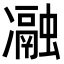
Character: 𭂧